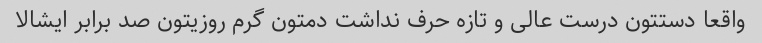
واقعا دستتون درست عالی و تازه حرف نداشت دمتون گرم روزیتون صد برابر ایشالا